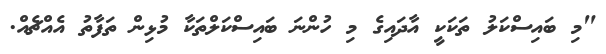
"މި ބައިސްކަލު ތަކަކީ އާދައިގެ މި ހުންނަ ބައިސްކަލްތަކާ މުޅިން ތަފާތު އެއްޗެއް.